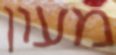
מעון